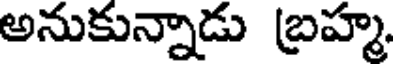
అనుకున్నాడు బ్రహ్మ.